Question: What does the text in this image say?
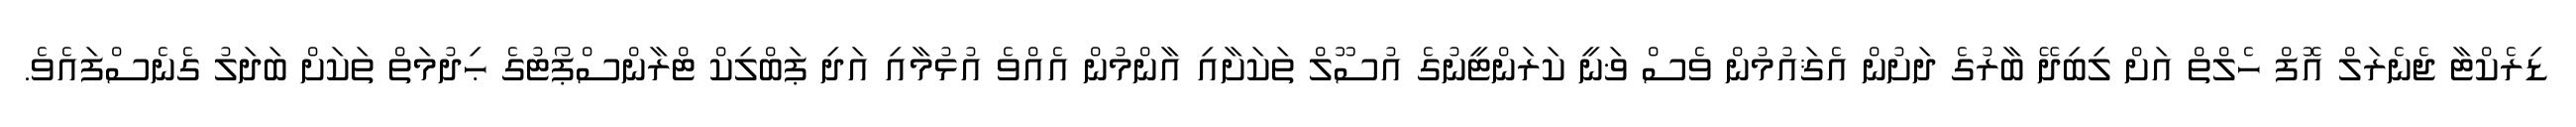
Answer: ޑިރެކްޓާ ޖެނެރަލް އޮފް ހެލްތް އަށް ލިބިދޭ ބާރުގެ ދަށުން އެޤައުމުން ވެސް ޥަނީ ކަރަންޓީނުގެ އުސޫލް ތަކަށާއި އާންމުން އެއްވެ އުޅުމާއި އަދި ޕަބްލިކް ޓްރާންސްޕޯޓުގެ ޙިދުމަތް ތަކަށް ބަދަލު ގެނެސްފައެވެ.